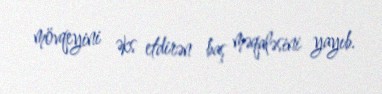
mövqeyini əks etdirən baş məqaləsini yayıb.